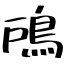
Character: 𩿇